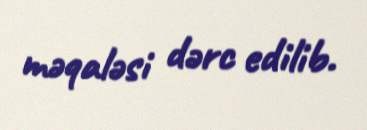
məqaləsi dərc edilib.